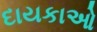
દાયકાઓ